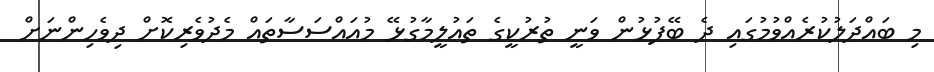
މި ބައްދަލުކުރެއްވުމުގައި ދެ ބޭފުޅުން ވަނީ ތުރުކީގެ ތަޢުލީމާގުޅޭ މުއައްސަސާތައް މެދުވެރިކޮށް ދިވެހިންނަށް